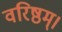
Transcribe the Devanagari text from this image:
वरिष्ठम्‌।